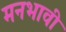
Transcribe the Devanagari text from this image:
मनभावी